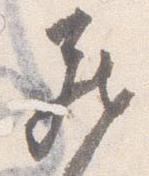
蔵